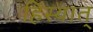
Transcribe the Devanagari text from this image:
हिंस्यात्‌